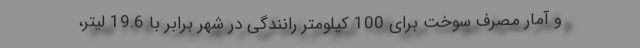
و آمار مصرف سوخت برای 100 کیلومتر رانندگی در شهر برابر با 19.6 لیتر،